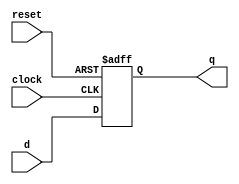
module dff_async(d, reset, clock, q);
    input reset, d, clock;
    output q;
    reg q;
    always@(negedge reset or negedge clock)
        begin
          if(!reset) q<= 1'b0;
          else q <=d;
        end
endmodule